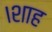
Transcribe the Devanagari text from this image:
।शाह